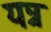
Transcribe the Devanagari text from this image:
यन्न